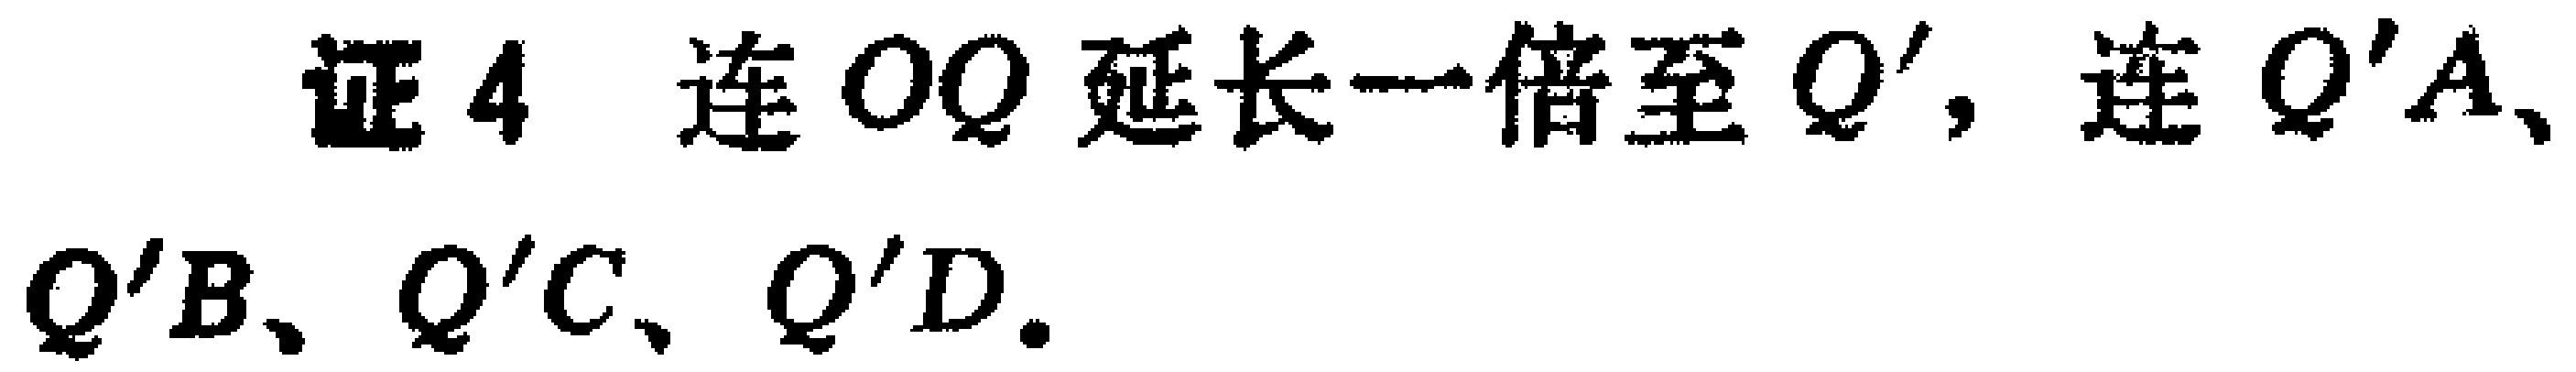
证4 连 \(OQ\) 延长一倍至 \(Q'\)，连 \(Q'A\)、\(Q'B\)、\(Q'C\)、\(Q'D\)。